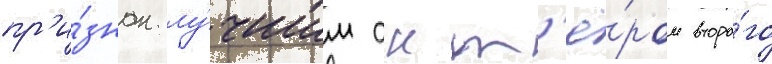
пр'и́знан лу́чшим акт'ё́ром второ́го